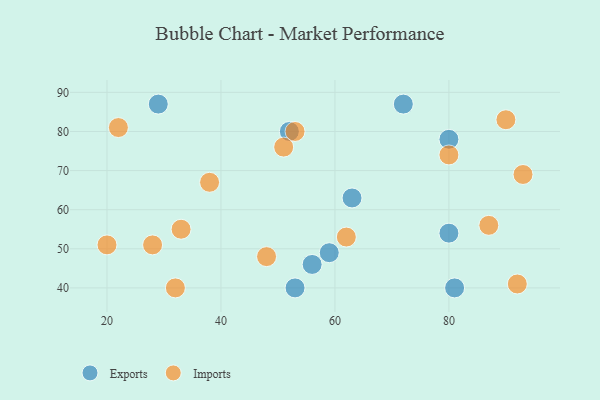
{"axis": {"x": "GDP", "y": "Life Expectancy"}, "legend": ["Exports", "Imports"], "data": [{"x": "53", "y": 40, "type": "Exports"}, {"x": "81", "y": 40, "type": "Exports"}, {"x": "72", "y": 87, "type": "Exports"}, {"x": "52", "y": 80, "type": "Exports"}, {"x": "56", "y": 46, "type": "Exports"}, {"x": "80", "y": 78, "type": "Exports"}, {"x": "59", "y": 49, "type": "Exports"}, {"x": "80", "y": 54, "type": "Exports"}, {"x": "29", "y": 87, "type": "Exports"}, {"x": "63", "y": 63, "type": "Exports"}, {"x": "90", "y": 83, "type": "Imports"}, {"x": "51", "y": 76, "type": "Imports"}, {"x": "93", "y": 69, "type": "Imports"}, {"x": "48", "y": 48, "type": "Imports"}, {"x": "22", "y": 81, "type": "Imports"}, {"x": "20", "y": 51, "type": "Imports"}, {"x": "62", "y": 53, "type": "Imports"}, {"x": "80", "y": 74, "type": "Imports"}, {"x": "92", "y": 41, "type": "Imports"}, {"x": "28", "y": 51, "type": "Imports"}, {"x": "53", "y": 80, "type": "Imports"}, {"x": "32", "y": 40, "type": "Imports"}, {"x": "33", "y": 55, "type": "Imports"}, {"x": "87", "y": 56, "type": "Imports"}, {"x": "38", "y": 67, "type": "Imports"}]}